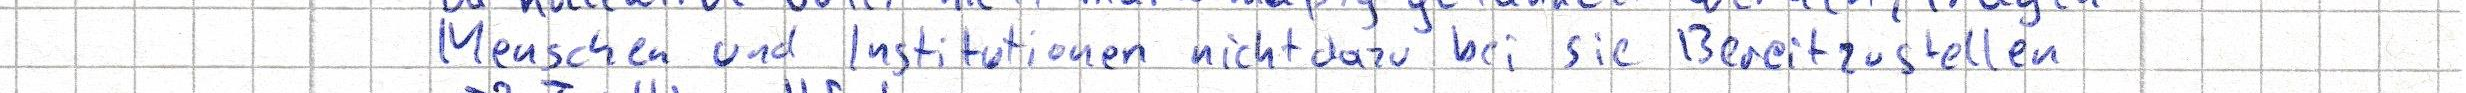
Menschen und Institutionen nicht dazu bei sie Bereitzustellen